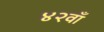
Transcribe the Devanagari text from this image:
४२वाँ